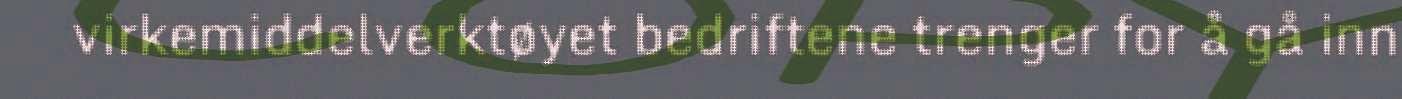
virkemiddelverktøyet bedriftene trenger for å gå inn